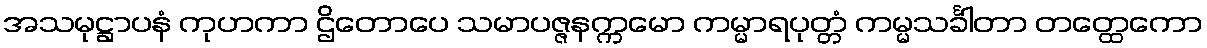
အသမုဋ္ဌာပနံ ကုဟကာ ဌိတောပေ သမာပဇ္ဇနက္ကမော ကမ္မာရပုတ္တံ ကမ္မသင်္ခါတာ တတ္ထေကော